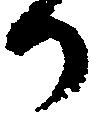
か